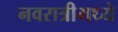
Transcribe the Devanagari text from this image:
नवरात्रीमध्ये